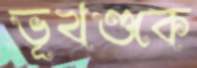
ভূখণ্ডকে